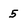
Character: 5